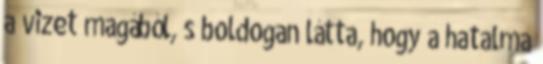
a vizet magából, s boldogan látta, hogy a hatalma